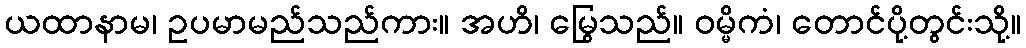
ယထာနာမ၊ ဥပမာမည်သည်ကား။ အဟိ၊ မြွေသည်။ ဝမ္မိကံ၊ တောင်ပို့တွင်းသို့။